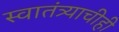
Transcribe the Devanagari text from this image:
स्वातंत्र्याचीही